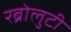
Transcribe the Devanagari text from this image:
रब्रोलुटी